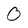
Character: 0